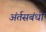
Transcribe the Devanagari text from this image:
अंर्तसबंधों